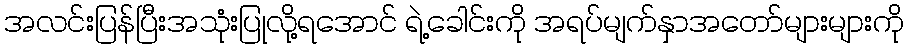
အလင်းပြန်ပြီးအသုံးပြုလို့ရအောင် ရဲ့ခေါင်းကို အရပ်မျက်နှာအတော်များများကို